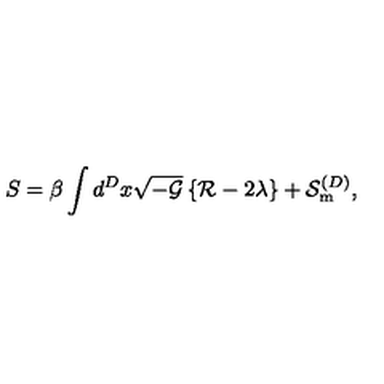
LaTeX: S = \beta \int d ^ { D } x \sqrt { - { \cal { G } } } \left\{ { \cal { R } } - 2 \lambda \right\} + { \cal { S } } _ { \mathrm { { m } } } ^ { ( D ) } ,